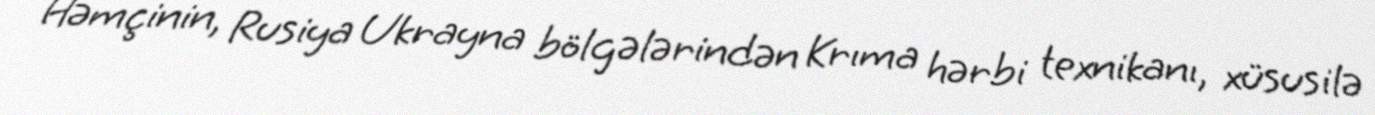
Həmçinin, Rusiya Ukrayna bölgələrindən Krıma hərbi texnikanı, xüsusilə